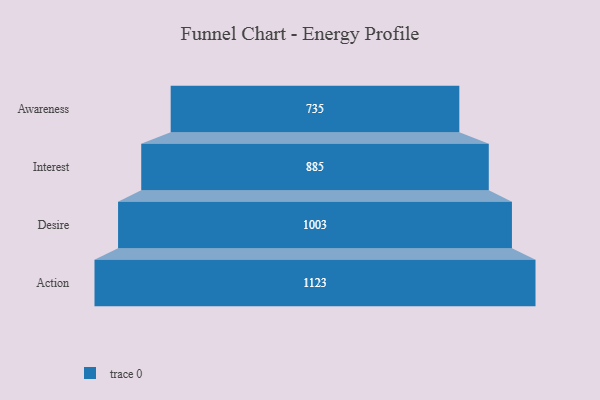
{"axis": {"x": "Stage", "y": "Value"}, "legend": [""], "data": [{"x": "Awareness", "y": 735.0, "type": ""}, {"x": "Interest", "y": 885.0, "type": ""}, {"x": "Desire", "y": 1003.0, "type": ""}, {"x": "Action", "y": 1123.0, "type": ""}]}